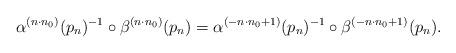
LaTeX: \begin{align*} \alpha ^{(n\cdot n_0)}(p_n)^{-1}\circ \beta ^{(n\cdot n_0)}(p_n)=\alpha ^{(-n\cdot n_0+1)}(p_n)^{-1}\circ \beta ^{(-n\cdot n_0+1)}(p_n).\end{align*}